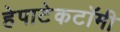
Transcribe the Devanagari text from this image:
हेपाटेकटॉमी